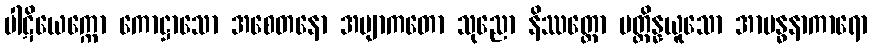
ပါဋိယေက္ကော ကောဋ္ဌာသော အစေတနော အဗျာကတော သုညော နိဿတ္တော ပတ္ထိန္နယူသော အာဗန္ဓနာကာရော